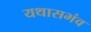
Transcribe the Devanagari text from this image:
यथासभंव